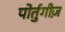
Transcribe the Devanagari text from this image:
पोर्तुगीज़